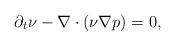
LaTeX: \begin{align*}\partial_t\nu-\nabla \cdot (\nu\nabla p)=0,\end{align*}